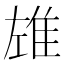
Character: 𨾬